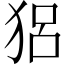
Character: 𤞪